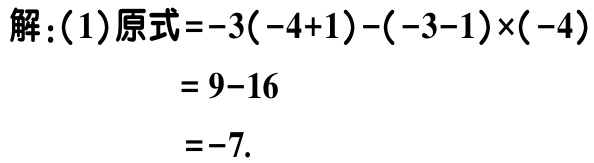
解：(1)原式\(=-3(-4 + 1)-(-3 - 1)\times(-4)\)
\(= 9 - 16\)
\(= -7\).